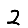
Digit: 2